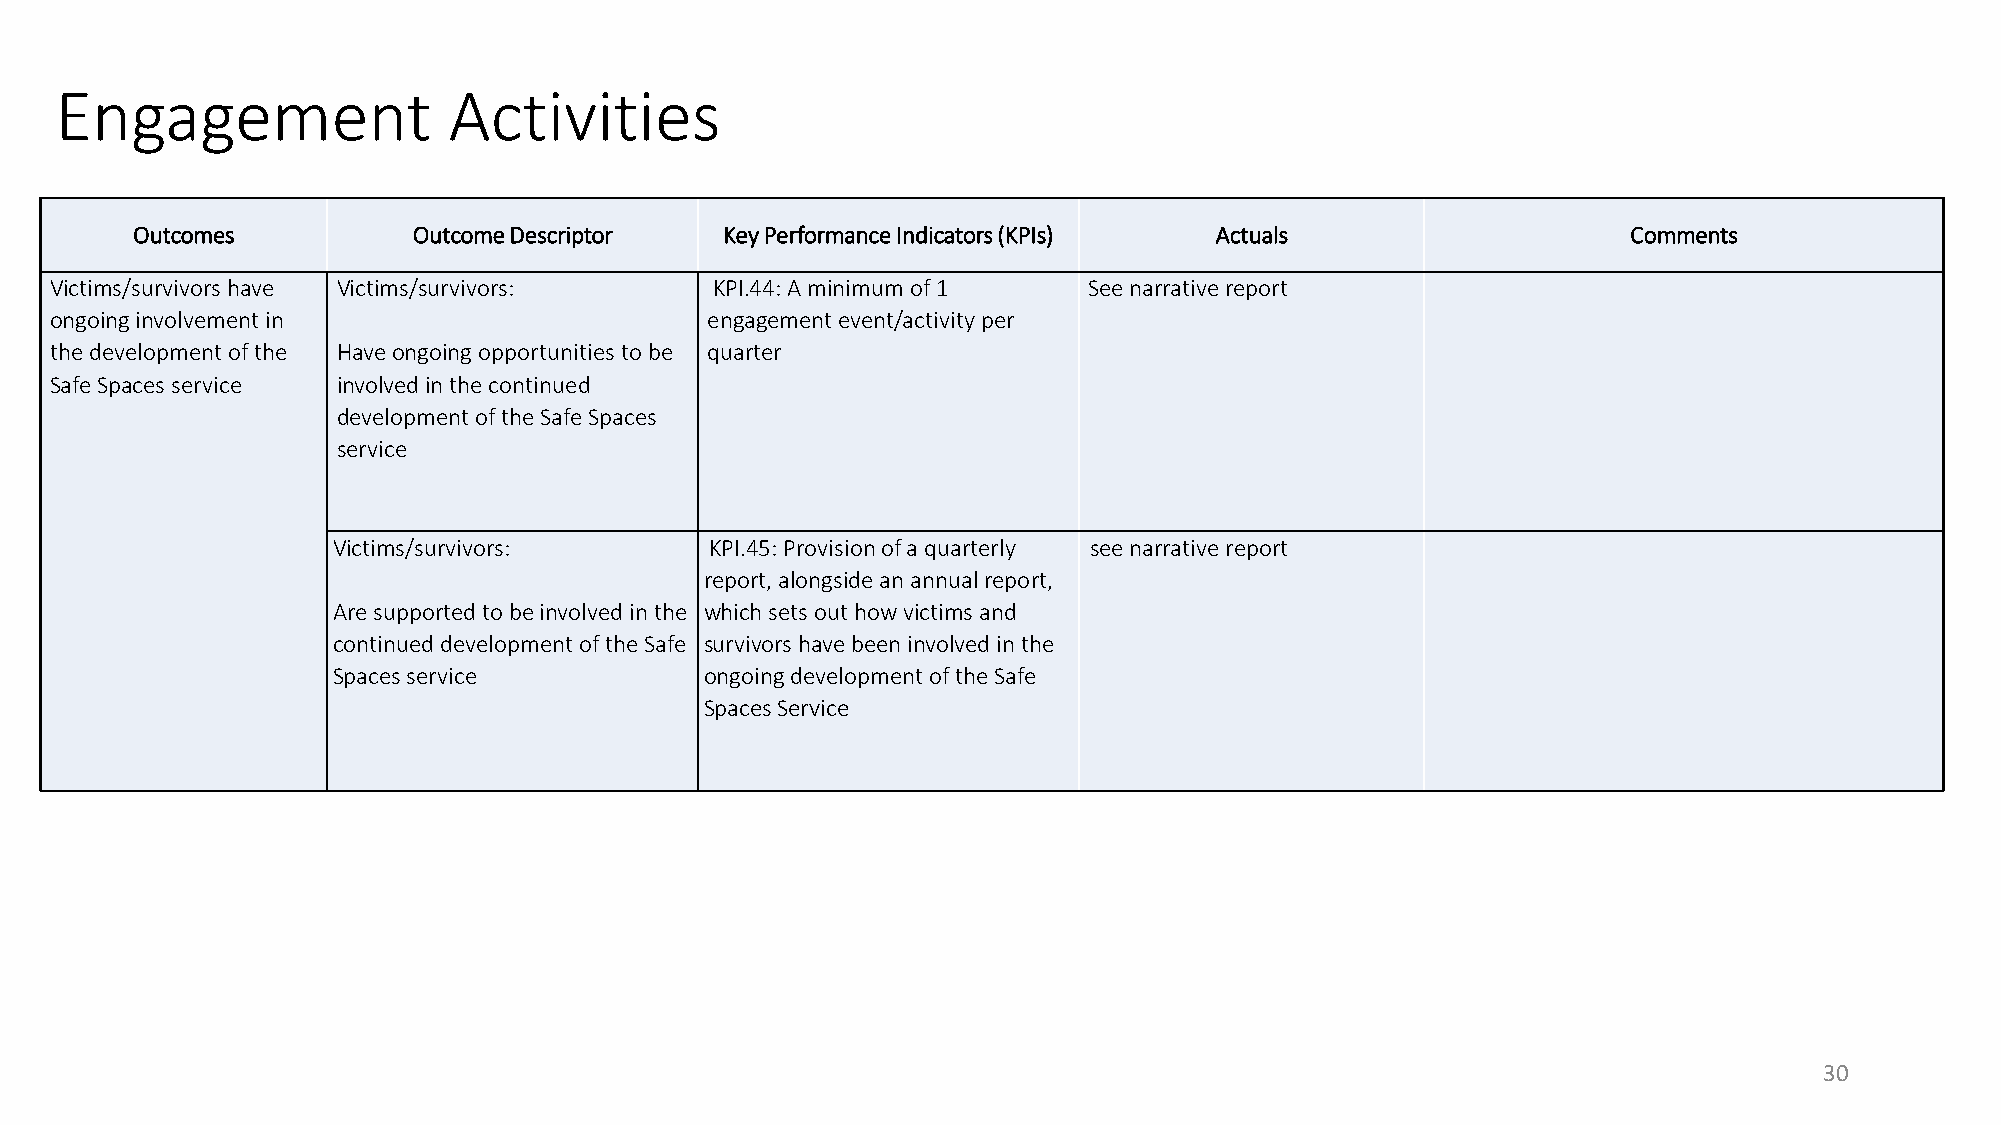
Engagement                Activities
 Outcomes          Outcome Descriptor   Key Performance Indicators (KPIs) Actuals                   Comments
 Victims/survivors have Victims/survivors:   KPI.44: A minimum of 1   See narrative report
 ongoing involvement in                      engagement event/activity per
 the development of the Have ongoing opportunities to be quarter
 Safe Spaces service involved in the continued
 development of the Safe Spaces
 service
 Victims/survivors:       KPI.45: Provision of a quarterly see narrative report
 report, alongside an annual report,
 Are supported to be involved in the which sets out how victims and
 continued development of the Safe survivors have been involved in the
 Spaces service           ongoing development of the Safe
 Spaces Service
 30